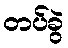
တပ်ခွဲ